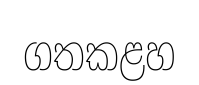
ගතකළහ